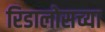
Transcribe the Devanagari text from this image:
रिडालोसच्या